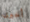
أخبرى